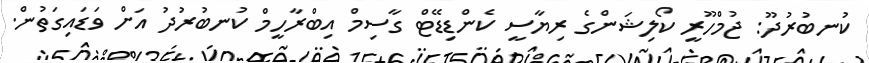
ކުނބުރުދޫ: ޖުމްހޫރީ ކޯލިޝަންގެ ރިޔާސީ ކެންޑިޑޭޓް ގާސިމް އިބްރާހީމް ކުނބުރުދު އަށް ވަޑައިގަތުން.